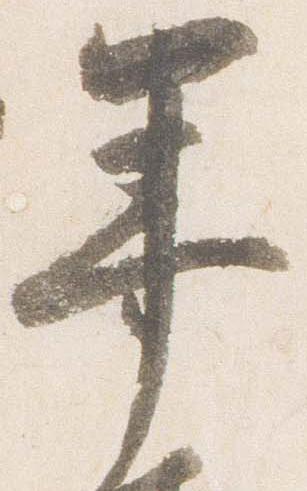
年